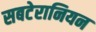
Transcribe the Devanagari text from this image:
सबटेरानियन